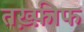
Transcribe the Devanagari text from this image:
तख़्फ़ीफ